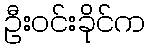
ဦးဝင်းခိုင်က